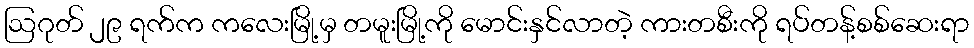
ဩဂုတ် ၂၉ ရက်က ကလေးမြို့မှ တမူးမြို့ကို မောင်းနှင်လာတဲ့ ကားတစီးကို ရပ်တန့်စစ်ဆေးရာ